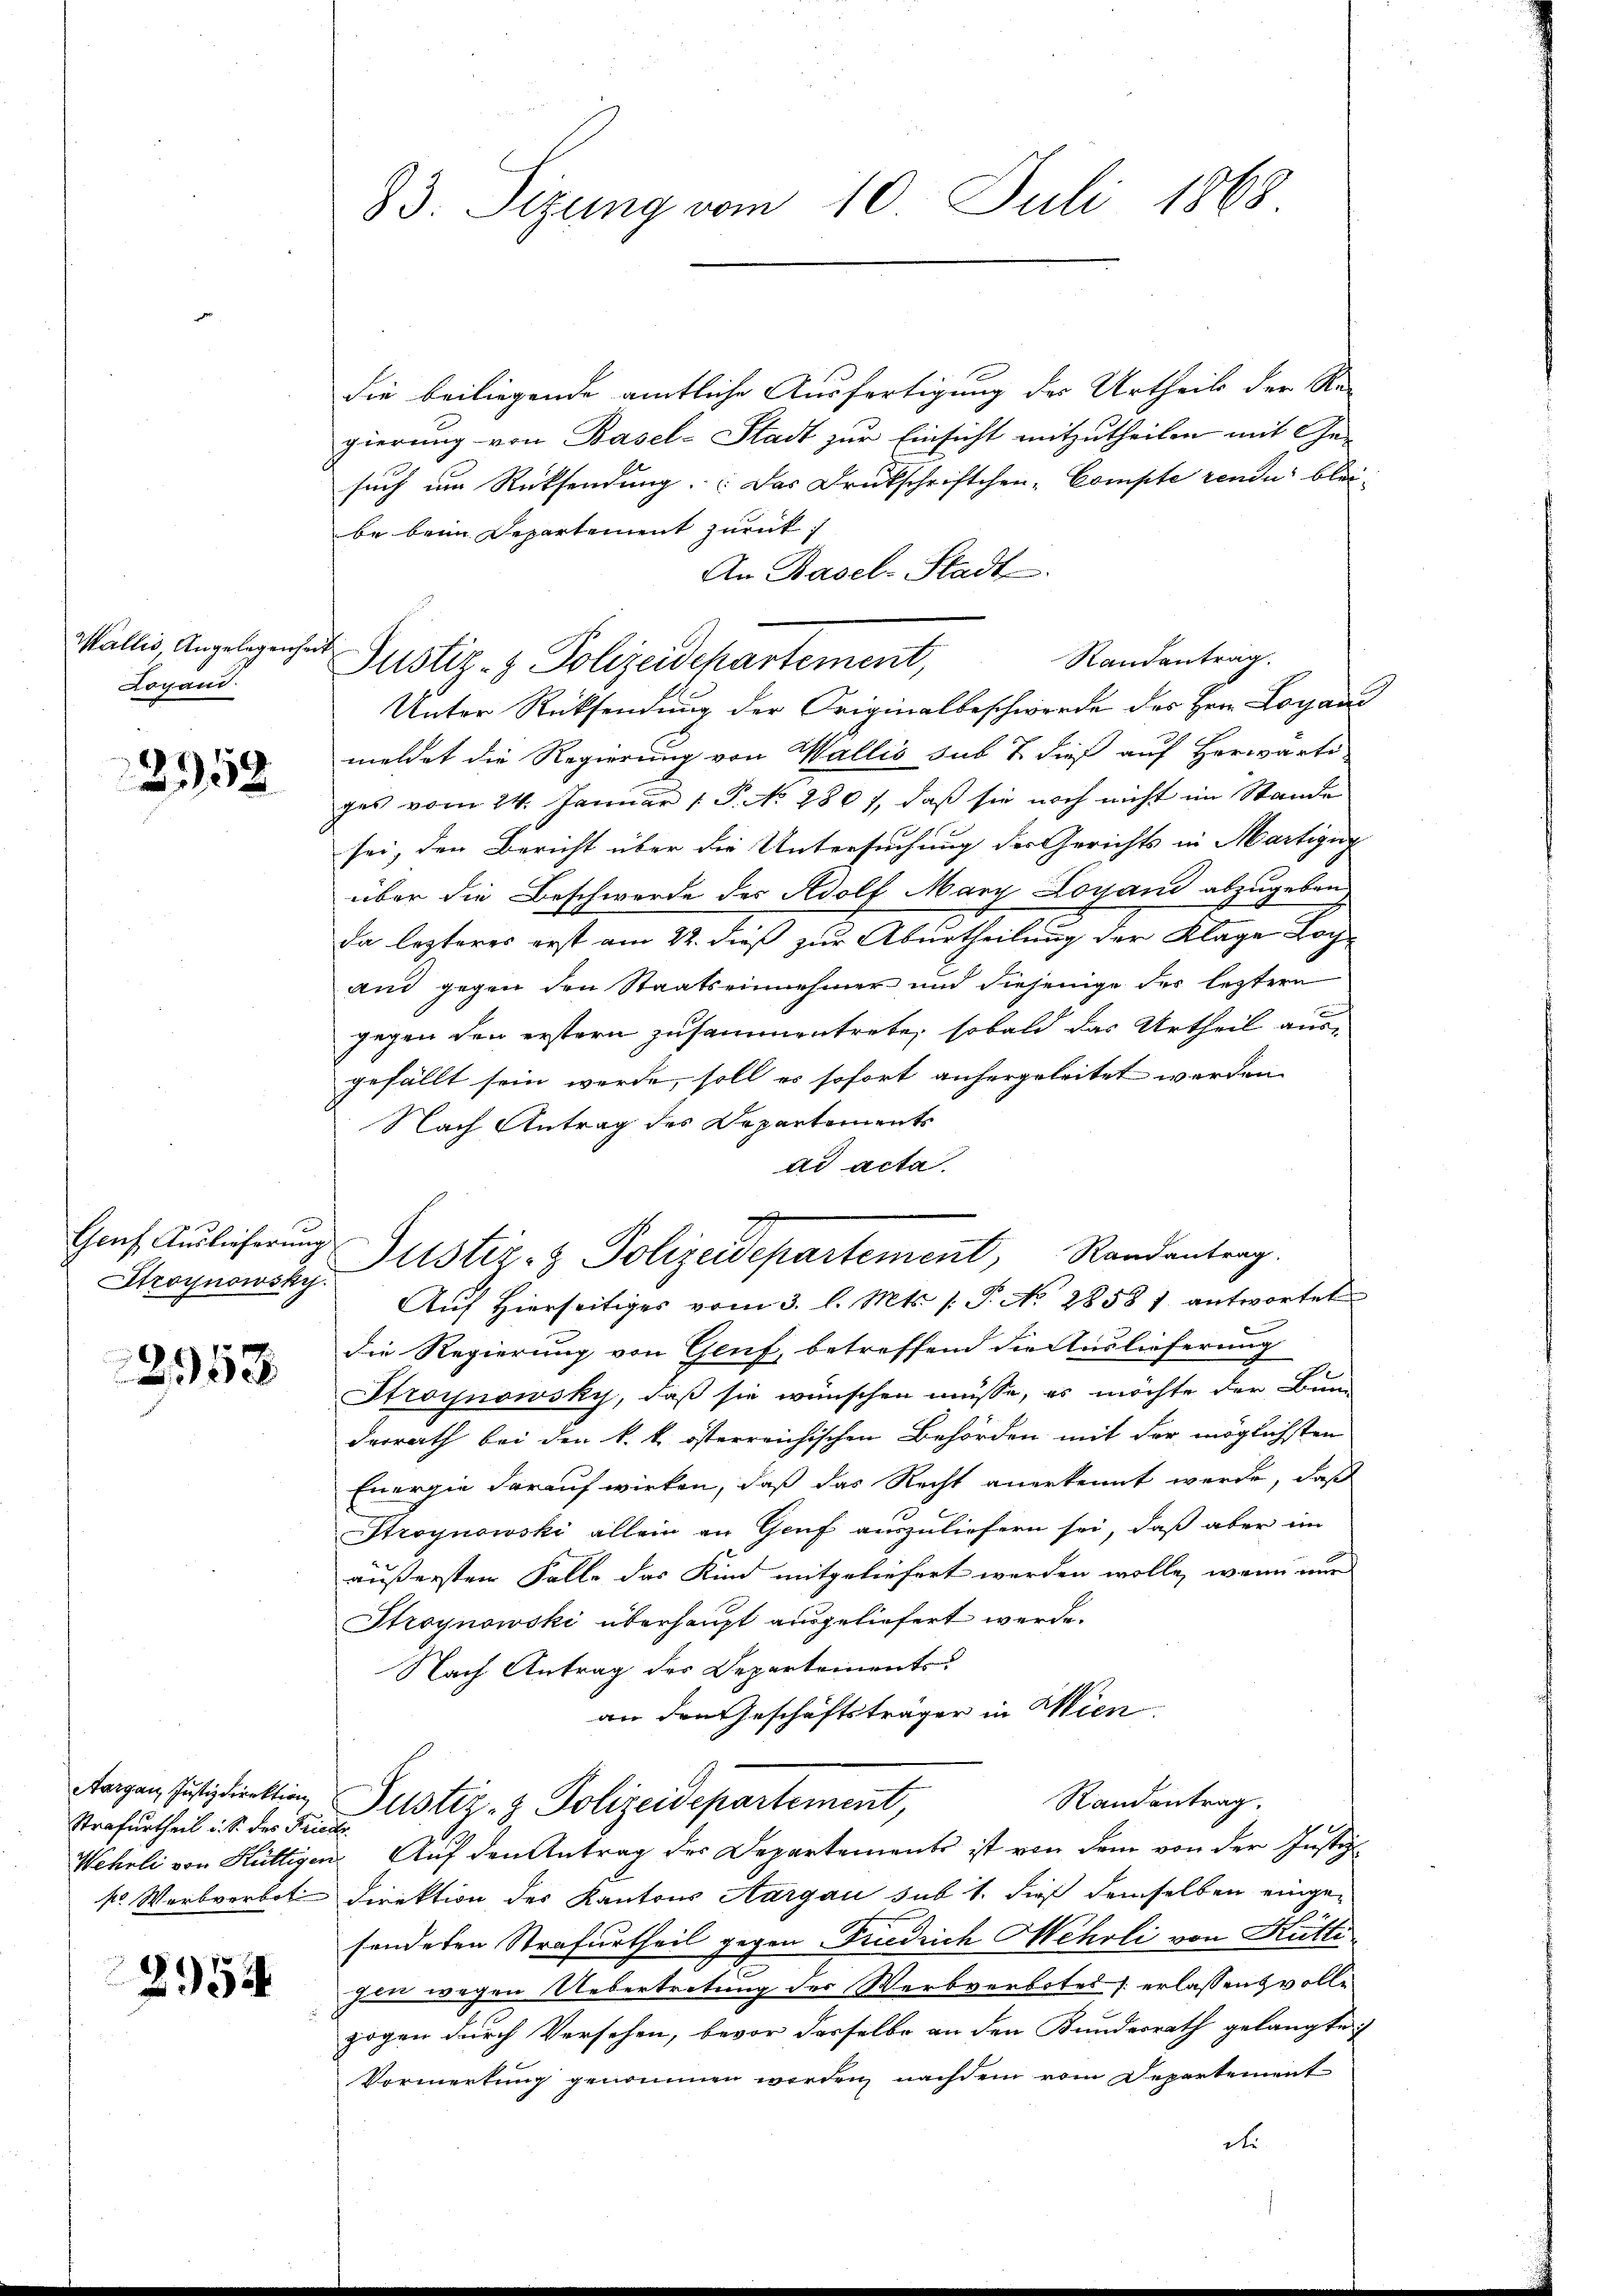
Wallis, Angelegenhe
Logand

2958

Genf Auslieferung

2958

Aargau, Justizdirektion
Strafurtheil d. S. des Fri
Wehrli von Hüttiger
kr. Werbverbot

2954

uch

93. Sizung vom 10. Juli 1868

die beiliegende amtliche Ausfertigung des Urtheils der Re-
gierung von Basel-Stadt zur Einsicht mitzutheilen mit Ge-
such im Rücksendung. Das Druckschriftchen-Compte rende blei-
be beim Departement zurück;
An Basel-Stadt.
Randentrag.
Justiz- & Polizeidepartement,
Unter Rücksendung der Originalbeschwerde des Hrn. Logand
meldet die Regierung von Wallis sub 7 dieß auf Herwarte
ges vom 24. Januar 1 P. No. 280), daß sie noch nicht im Stande
sei, den Bericht über die Untersuchung der Gerichts in Martigung
über die Beschwerde des Adolf Mary Loyand abzugeben
da lezteres erst am 22. dieß zur Aburtheilung der Klage Lochand gegen den Staatseinnehmer und diejenige der letztern
gegen den erstern zusammentrete, sobald das Urtheil aus-
gefällt sein werde, soll es sofort anhergeleitet werden
Nach Antrag des Departements
ad acta.
d
Stroynowsky. Mitstiz- & Polizeidepartement, Randantrag.
Aŭf Hierseitiges vom 3. l. Mts. /: P. No 28587. antwortet
die Regierung von Genf, betreffend die Auslieferung
Stroynowsky, daß sie wünschen müsse, es möchte der Bunderrath bei den k. k. österreichischen Behörden mit der möglichsten
Energie darauf wirken, daß das Recht anerkennt werde, daß
Stroynowski allein an Genf auszuliefern sei, daß aber im
äußersten Falle das Kind mitgeliefert werden wolle, wenn nur
Stroynowski überhaupt ausgeliefert werde.
Nach Antrag des Departements
an den Geschäftsträger in Wien
Randantrag.
Justiz- & Polizeidepartement,
.
u. Auf den Antrag der Departements ist von dem von der Justiz
direktion des Kantons Aargau sub 1. dieß demselben eingesendeten Strafurtheil gegen Friedrich Mehrli von Rüttizen wegen Uebertretung der Werbverbotes erlassens volle
zogen durch Versehen, bevor desselbe an den Bundesrath gelangte
Vormerkung genommen werden, nachdem vom Departement
de